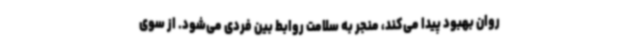
روان بهبود پیدا می‌کند، منجر به سلامت روابط بین فردی می‌شود. از سوی